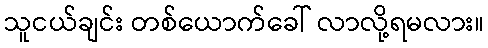
သူငယ်ချင်း တစ်ယောက်ခေါ် လာလို့ရမလား။